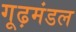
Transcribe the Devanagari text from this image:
गूढ़मंडल